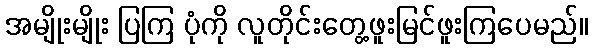
အမျိုးမျိုး ပြကြ ပုံကို လူတိုင်းတွေ့ဖူးမြင်ဖူးကြပေမည်။